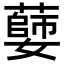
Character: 𦾦